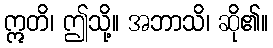
ဣတိ၊ ဤသို့။ အဘာသိ၊ ဆို၏။